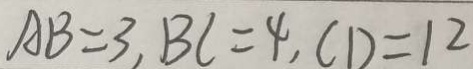
A B = 3 , B C = 4 , C D = 1 2